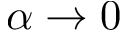
\alpha \to 0